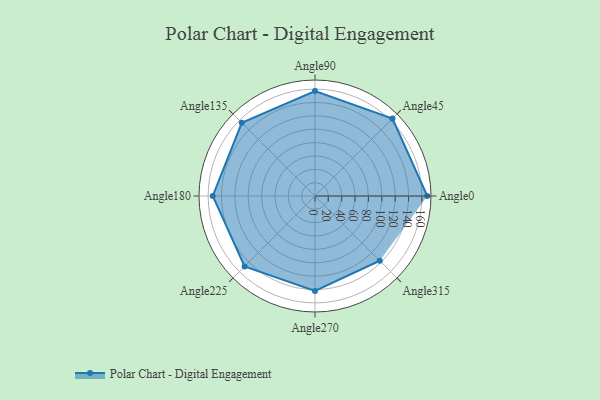
{"axis": {"x": "Angle", "y": "Radius"}, "legend": [""], "data": [{"x": "Angle0", "y": 168.0, "type": ""}, {"x": "Angle45", "y": 164.0, "type": ""}, {"x": "Angle90", "y": 157.0, "type": ""}, {"x": "Angle135", "y": 155.0, "type": ""}, {"x": "Angle180", "y": 153.0, "type": ""}, {"x": "Angle225", "y": 149.0, "type": ""}, {"x": "Angle270", "y": 142.0, "type": ""}, {"x": "Angle315", "y": 137.0, "type": ""}]}